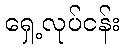
ရှေ့လုပ်ငန်း